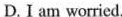
D.I am worried.